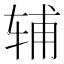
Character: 辅